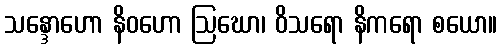
သန္ဒောဟော နိဝဟော ဩဃော၊ ဝိသရော နိကရော စယော။